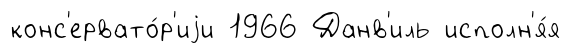
конс'ервато́р'иjи 1966 Данв'иль исполн'я́я